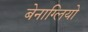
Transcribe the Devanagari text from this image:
बेनाग्लियो